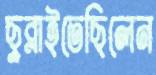
ছুব্‌লাইতেছিলেন